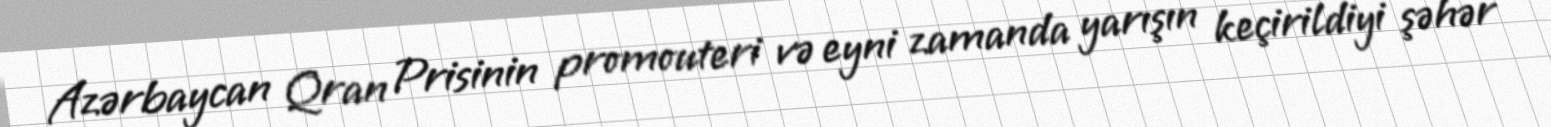
Azərbaycan Qran Prisinin promouteri və eyni zamanda yarışın keçirildiyi şəhər